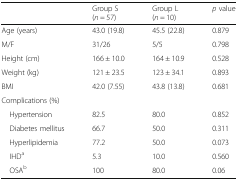
<table><thead><tr><td></td><td><b>Group S(<i>n</i> = 57)</b></td><td><b>Group L(<i>n</i> = 10)</b></td><td><b><i>p</i> value</b></td></tr></thead><tbody><tr><td>Age (years)</td><td>43.0 (19.8)</td><td>45.5 (22.8)</td><td>0.879</td></tr><tr><td>M/F</td><td>31/26</td><td>5/5</td><td>0.798</td></tr><tr><td>Height (cm)</td><td>166 ± 10.0</td><td>164 ± 10.9</td><td>0.528</td></tr><tr><td>Weight (kg)</td><td>121 ± 23.5</td><td>123 ± 34.1</td><td>0.893</td></tr><tr><td>BMI</td><td>42.0 (7.55)</td><td>43.8 (13.8)</td><td>0.681</td></tr><tr><td colspan="4">Complications (%)</td></tr><tr><td> Hypertension</td><td>82.5</td><td>80.0</td><td>0.852</td></tr><tr><td> Diabetes mellitus</td><td>66.7</td><td>50.0</td><td>0.311</td></tr><tr><td> Hyperlipidemia</td><td>77.2</td><td>50.0</td><td>0.073</td></tr><tr><td> IHD<sup>a</sup></td><td>5.3</td><td>10.0</td><td>0.560</td></tr><tr><td> OSA<sup>b</sup></td><td>100</td><td>80.0</td><td>0.06</td></tr></tbody></table>